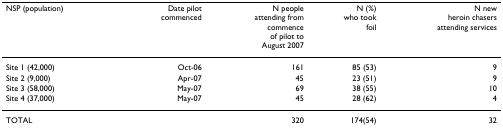
<table><thead><tr><td><b>NSP (population)</b></td><td><b>Date pilot commenced</b></td><td><b>N peopleattending fromcommenceof pilot toAugust 2007</b></td><td><b>N (%)who tookfoil</b></td><td><b>N new heroin chasers attending services</b></td></tr></thead><tbody><tr><td>Site 1 (42,000)</td><td>Oct-06</td><td>161</td><td>85 (53)</td><td>9</td></tr><tr><td>Site 2 (9,000)</td><td>Apr-07</td><td>45</td><td>23 (51)</td><td>9</td></tr><tr><td>Site 3 (58,000)</td><td>May-07</td><td>69</td><td>38 (55)</td><td>10</td></tr><tr><td>Site 4 (37,000)</td><td>May-07</td><td>45</td><td>28 (62)</td><td>4</td></tr><tr><td>TOTAL</td><td></td><td>320</td><td>174(54)</td><td>32</td></tr></tbody></table>